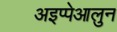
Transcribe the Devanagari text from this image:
अइप्पेआलुन